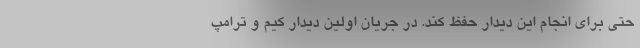
حتی برای انجام این دیدار حفظ کند. در جریان اولین دیدار کیم و ترامپ